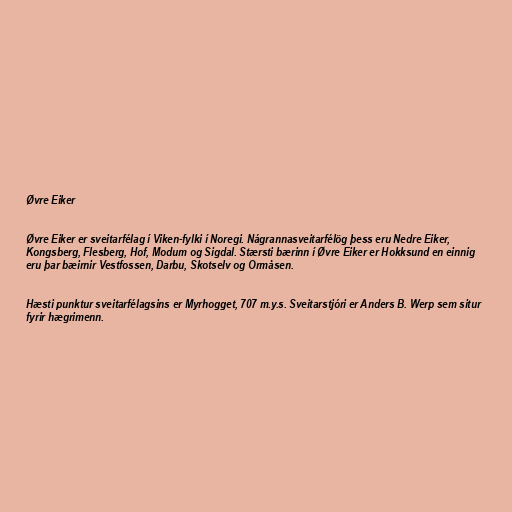
Øvre Eiker

Øvre Eiker er sveitarfélag í Viken-fylki í Noregi. Nágrannasveitarfélög þess eru Nedre Eiker,
Kongsberg, Flesberg, Hof, Modum og Sigdal. Stærsti bærinn í Øvre Eiker er Hokksund en einnig
eru þar bæirnir Vestfossen, Darbu, Skotselv og Ormåsen.

Hæsti punktur sveitarfélagsins er Myrhogget, 707 m.y.s. Sveitarstjóri er Anders B. Werp sem situr
fyrir hægrimenn.